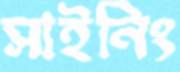
সাইনিং